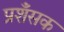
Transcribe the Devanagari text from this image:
प्रशँसक